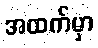
အထက်မှာ